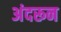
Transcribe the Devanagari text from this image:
अंदरून